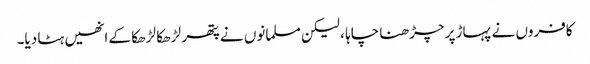
کافروں نے پہاڑ پر چڑھنا چاہا ، لیکن مسلمانوں نے پتھر لڑھکا لڑھکا کے انھیں ہٹا دیا۔